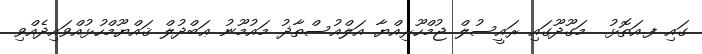
ގައި ފ.އަތޮޅު  މަގޫދޫގައި ރައީސުލް ޖުމްހޫރިއްޔާ އަލްއުސްތާޛު މައުމޫނު ޢަބްދުލް ޤައްޔޫމްހުޅުއްވައިދެއްވި